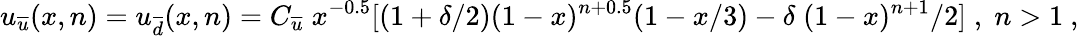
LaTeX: u_{\overline{{{u}}}}(x,n)=u_{\overline{{{d}}}}(x,n)=C_{\overline{{{u}}}}\; x^{-0.5}[(1+\delta/2)(1-x)^{n+0.5}(1-x/3)-\delta\; (1-x)^{n+1}/2]\; ,\; n>1\ ,